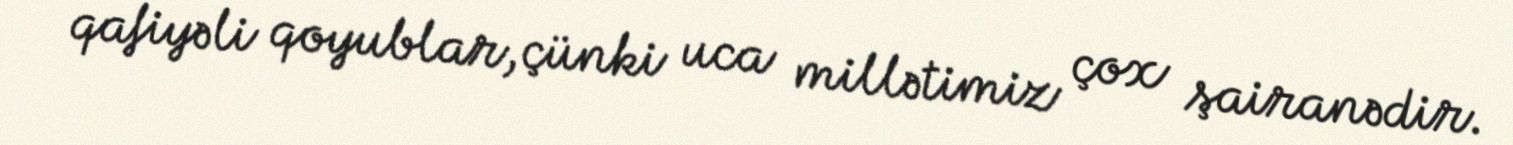
qafiyəli qoyublar, çünki uca millətimiz çox şairanədir.